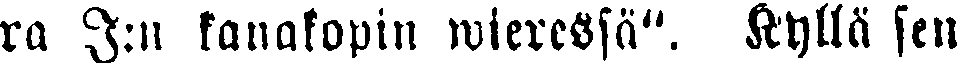
ra J:n kanakopin wiercssä". Kyllä sen